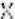
X